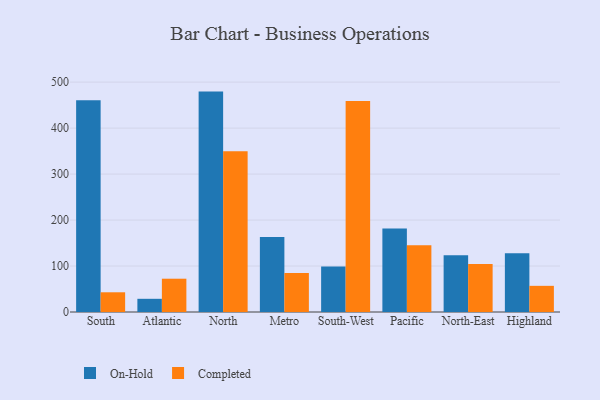
{"axis": {"x": "Region", "y": "Energy Usage (MWh)"}, "legend": ["Completed", "On-Hold"], "data": [{"x": "South", "y": 460.7, "type": "On-Hold"}, {"x": "South", "y": 42.9, "type": "Completed"}, {"x": "Atlantic", "y": 28.7, "type": "On-Hold"}, {"x": "Atlantic", "y": 72.4, "type": "Completed"}, {"x": "North", "y": 479.4, "type": "On-Hold"}, {"x": "North", "y": 349.6, "type": "Completed"}, {"x": "Metro", "y": 163.2, "type": "On-Hold"}, {"x": "Metro", "y": 85.0, "type": "Completed"}, {"x": "South-West", "y": 99.1, "type": "On-Hold"}, {"x": "South-West", "y": 458.9, "type": "Completed"}, {"x": "Pacific", "y": 181.6, "type": "On-Hold"}, {"x": "Pacific", "y": 145.4, "type": "Completed"}, {"x": "North-East", "y": 123.7, "type": "On-Hold"}, {"x": "North-East", "y": 104.2, "type": "Completed"}, {"x": "Highland", "y": 127.9, "type": "On-Hold"}, {"x": "Highland", "y": 56.9, "type": "Completed"}]}